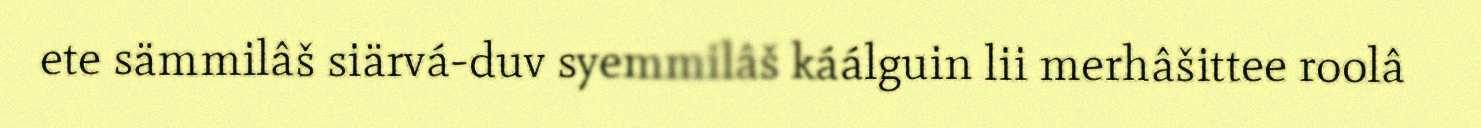
ete sämmilâš siärvá-duv syemmilâš káálguin lii merhâšittee roolâ